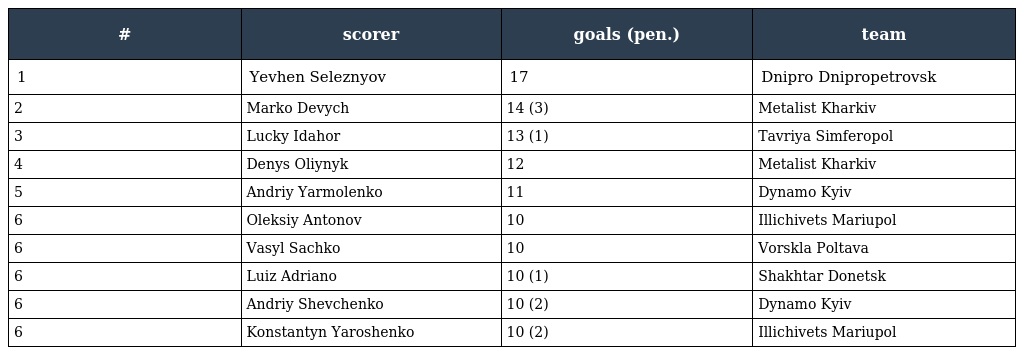
| # | scorer | goals (pen.) | team |
 | --- | --- | --- | --- |
 | 1 | Yevhen Seleznyov | 17 | Dnipro Dnipropetrovsk |
 | 2 | Marko Devych | 14 (3) | Metalist Kharkiv |
 | 3 | Lucky Idahor | 13 (1) | Tavriya Simferopol |
 | 4 | Denys Oliynyk | 12 | Metalist Kharkiv |
 | 5 | Andriy Yarmolenko | 11 | Dynamo Kyiv |
 | 6 | Oleksiy Antonov | 10 | Illichivets Mariupol |
 | 6 | Vasyl Sachko | 10 | Vorskla Poltava |
 | 6 | Luiz Adriano | 10 (1) | Shakhtar Donetsk |
 | 6 | Andriy Shevchenko | 10 (2) | Dynamo Kyiv |
 | 6 | Konstantyn Yaroshenko | 10 (2) | Illichivets Mariupol |